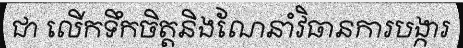
ជា លើកទឹកចិត្តនិងណែនាំវិធានការបង្ការ